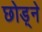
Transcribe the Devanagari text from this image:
छोड़्ने